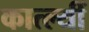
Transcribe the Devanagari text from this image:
कात्ल्यीं